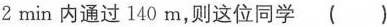
2min内通过140m，则这位同学()